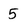
Character: 5